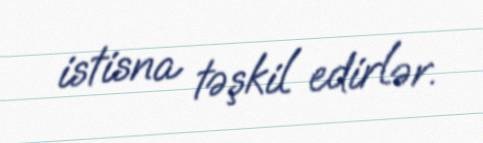
istisna təşkil edirlər.